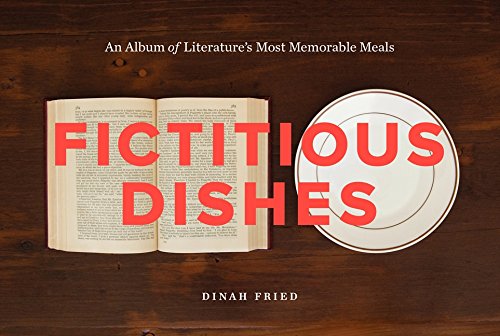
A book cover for Fictitious Dishes: An Album of Literature's Most Memorable Meals; Dinah Fried; Arts & Photography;